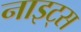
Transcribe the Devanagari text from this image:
नाइट्‌स